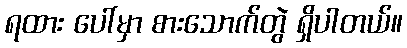
ရထား ပေါ်မှာ စားသောက်တွဲ ရှိပါတယ်။